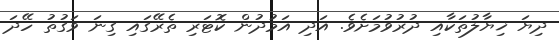
ދިޔަ ޚިޔާލުތަކާއި ދުރުވުމަށެވެ. އަދި އަމުދުން ކޮޓަރި ތެރޭގައި ގިނަ ވަގުތު ހޭދަ